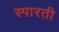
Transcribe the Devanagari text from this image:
स्पारती